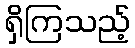
ရှိကြသည့်